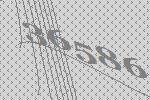
36586